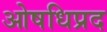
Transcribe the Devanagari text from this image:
ओषधिप्रद